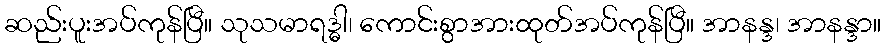
ဆည်းပူးအပ်ကုန်ပြီ။ သုသမာရဒ္ဓါ၊ ကောင်းစွာအားထုတ်အပ်ကုန်ပြီ။ အာနန္ဒ၊ အာနန္ဒာ။